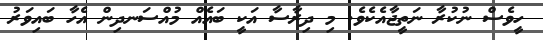
ހީވެސް ނުކުރާ ނަތީޖާއެކެވެ. މި ދިރާސާ އަކީ ބައެއް މުއްސަނދިން އެހާ ބައިވަރު